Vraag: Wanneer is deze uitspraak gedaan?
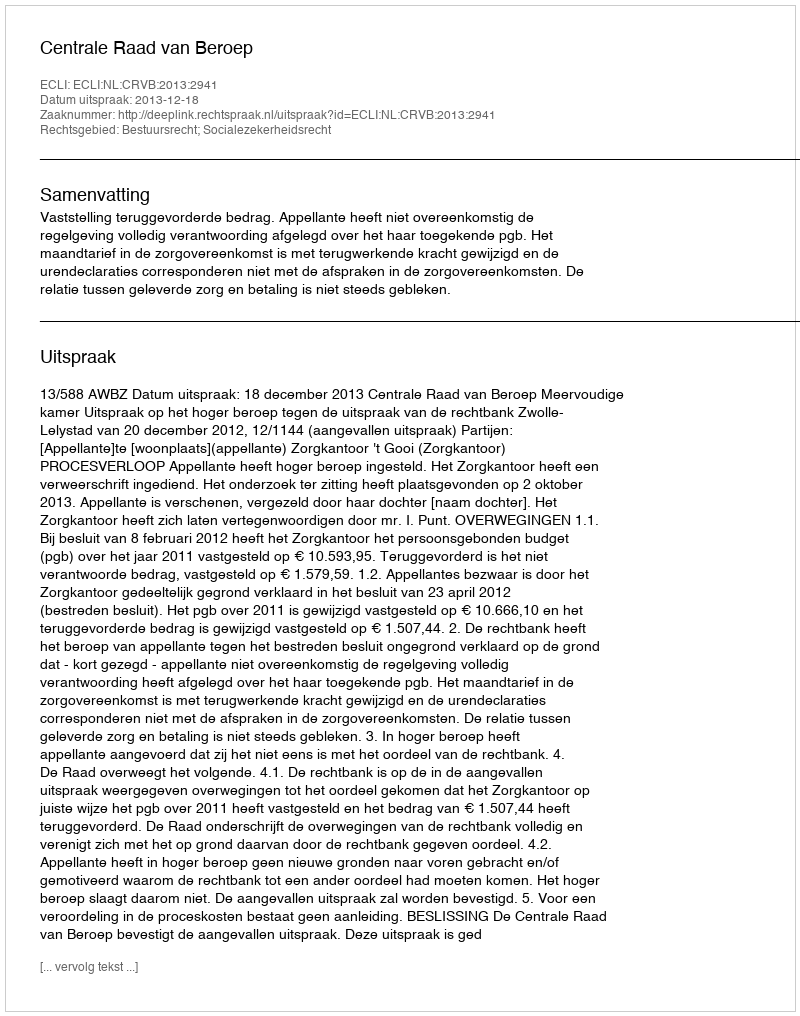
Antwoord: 2013-12-18